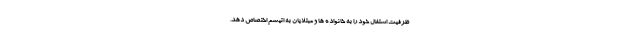
ظرفیت اشتغال خود را به خانواده ها و مبتلایان به اتیسم اختصاص دهد.